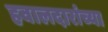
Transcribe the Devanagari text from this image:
हवालदारांच्या